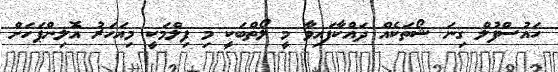
ހައުސްފުލް ގިނަ ޝޯތަކެއް ދައްކާފައިވާ މީ ލޯތްބަކީ މި ފިލްމަކީ މިއަހަރު އޮލިންޕަހަށް